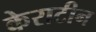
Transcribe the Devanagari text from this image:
केराटीन